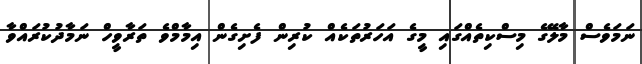
ނަމަވެސް މާލޭގެ މިސްކިތެއްގައި މީގެ އަހަރުތަކެއް ކުރިން ފެށިގެން އިމާމްވެ ތަރާވީހް ނަމާދުކުރައްވާ